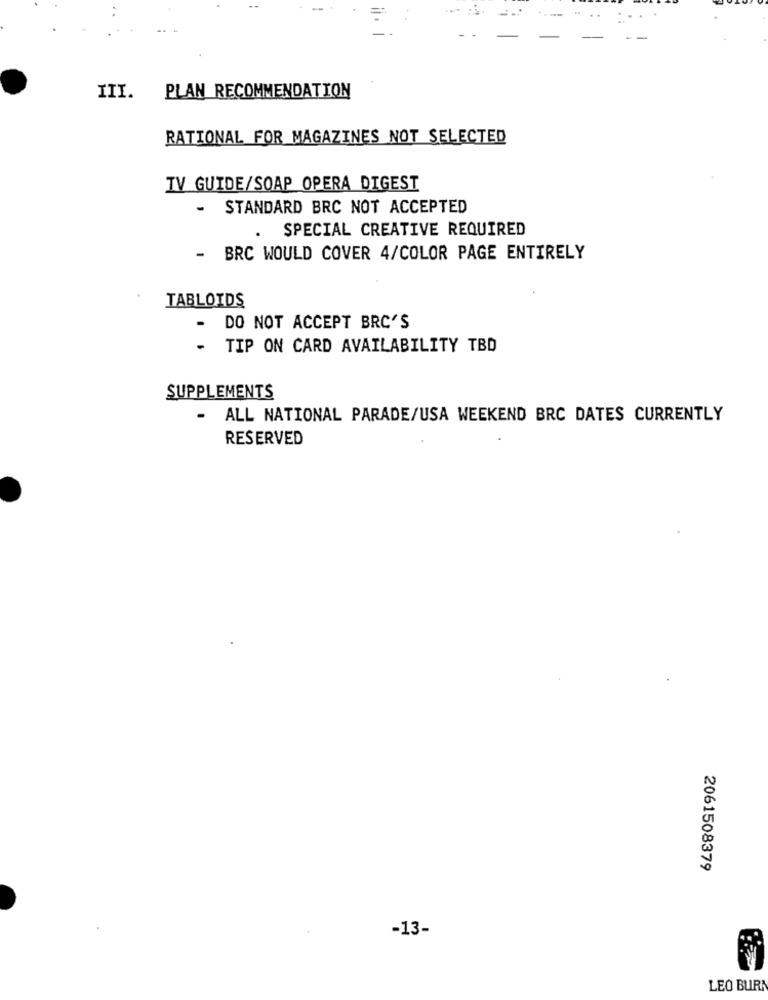
PLAN RECOMMENDATION
III.
RATIONAL FOR MAGAZINES NOT SELECTED
TV GUIDE/SOAP OPERA DIGEST
- STANDARD BRC NOT ACCEPTED
SPECIAL CREATIVE REQUIRED
- BRC WOULD COVER 4/COLOR PAGE ENTIRELY
TABLOIDS
DO NOT ACCEPT BRC'S
TIP ON CARD AVAILABILITY TBD
SUPPLEMENTS
- ALL NATIONAL PARADE/USA WEEKEND BRC DATES CURRENTLY
RESERVED
2061508379
-13-
LEO BURA